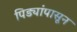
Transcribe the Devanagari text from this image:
पिड्यांपासून